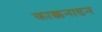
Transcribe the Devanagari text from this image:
काक्कनाडन